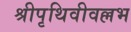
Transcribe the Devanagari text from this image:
श्रीपृथिवीवल्लभ